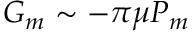
G _ { m } \sim - \pi \mu P _ { m }